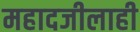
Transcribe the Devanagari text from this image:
महादजीलाही